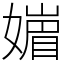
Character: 𡡻